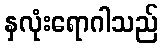
နှလုံးရောဂါသည်